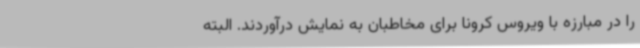
را در مبارزه با ویروس کرونا برای مخاطبان به نمایش درآوردند. البته